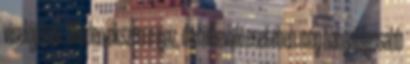
viselőjének. Minden ékszerre igaz, de fülbevaló esetében még hangsúlyosabb